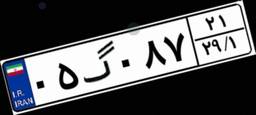
۰۵گ۰۸۷۲۱